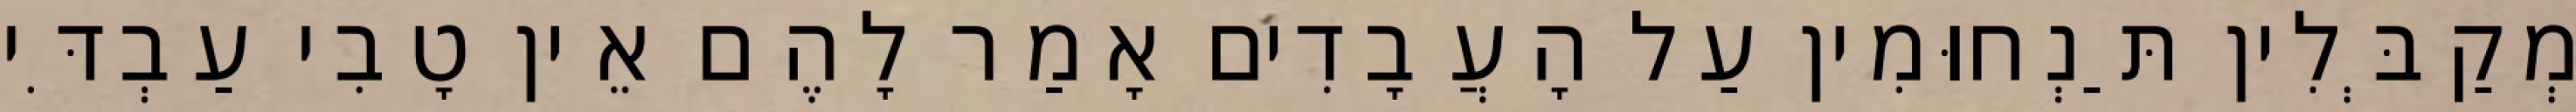
מְקַבְּלִין תַּנְחוּמִין עַל הָעֲבָדִים אָמַר לָהֶם אֵין טָבִי עַבְדִּי